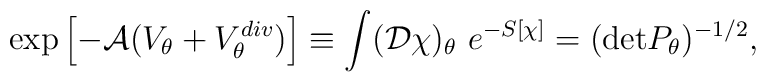
\exp\left[-{\cal A} (V_\theta + V^{div}_\theta)\right] \equiv\int ({\cal D}\chi)_\theta\ e^{-S[\chi]} = ({\rm det} P_\theta)^{-1/2},